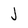
Character: J